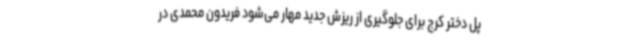
پل دختر کرج برای جلوگیری از ریزش جدید مهار می‌شود فریدون محمدی در